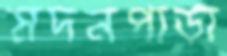
মদনপাড়া